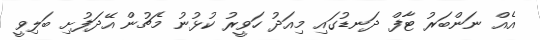
އެއް ނަންބަރު ޓާފް ދަނޑުގައި މިއަދު ހަވީރު ކުޅުނު މެޗުން އޭދަފުށި ބަލިވީ